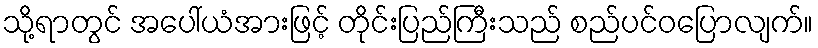
သို့ရာတွင် အပေါ်ယံအားဖြင့် တိုင်းပြည်ကြီးသည် စည်ပင်ဝပြောလျက်။